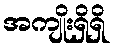
အကျိုးရှိရှိ